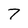
Character: 7